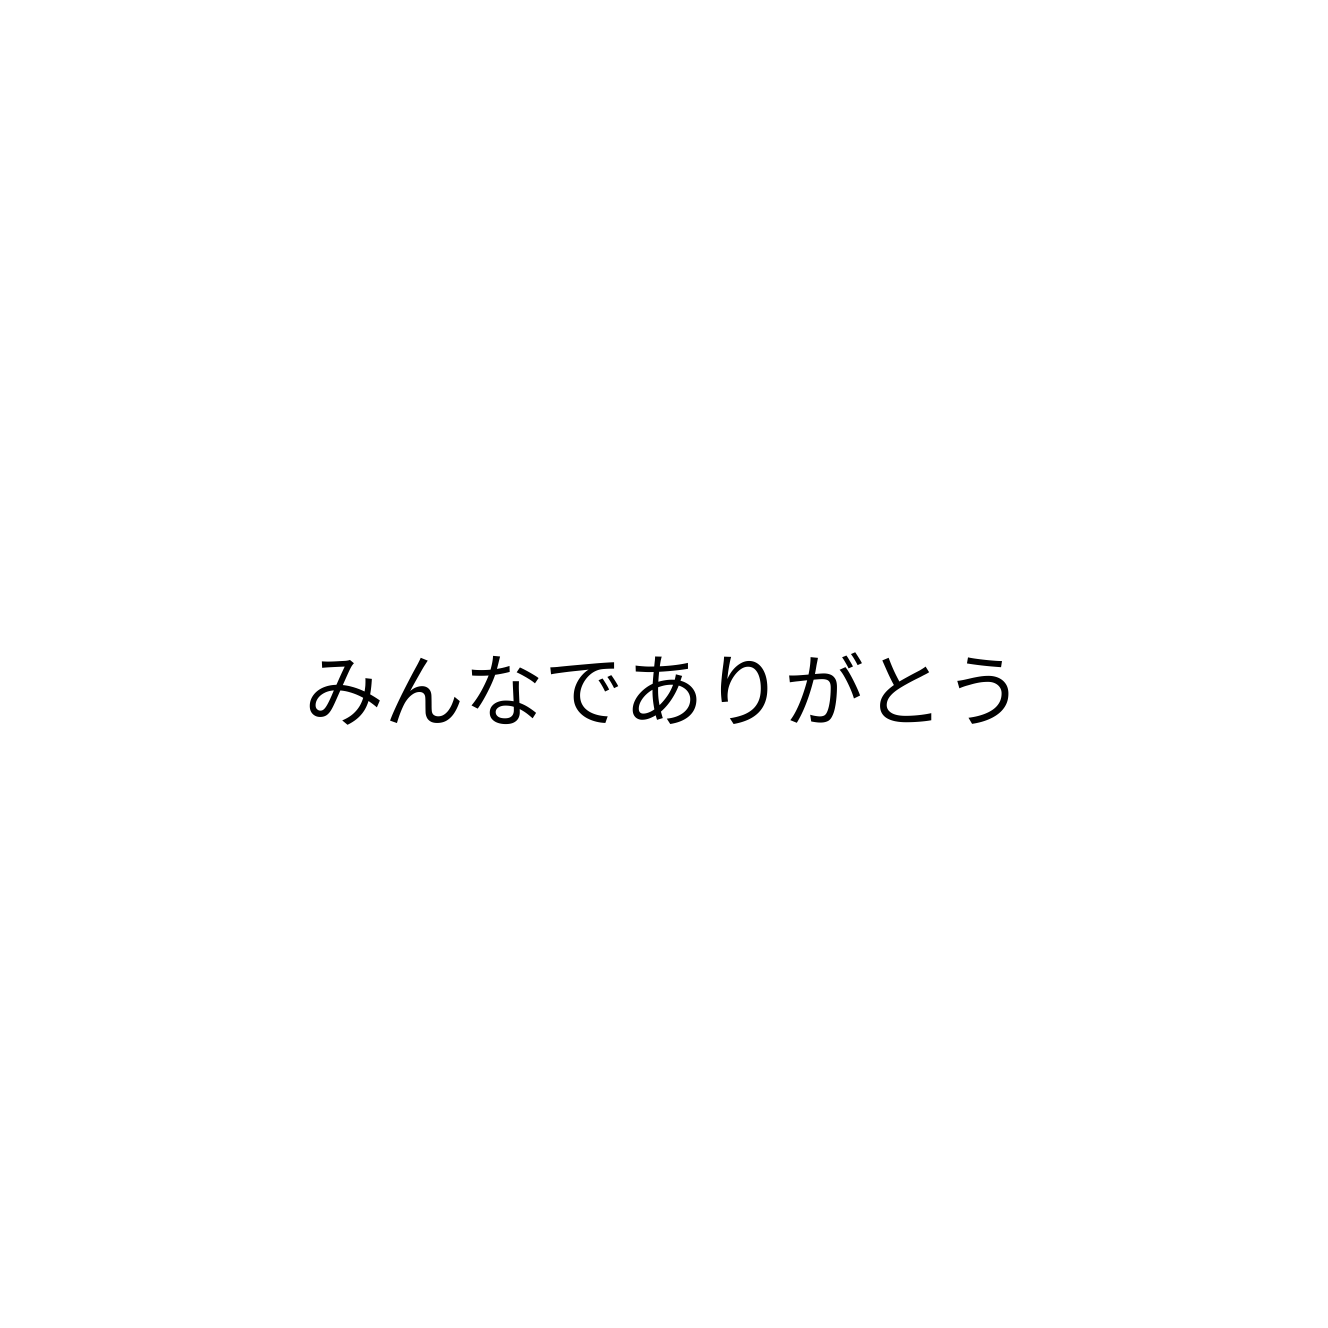
みんなでありがとう